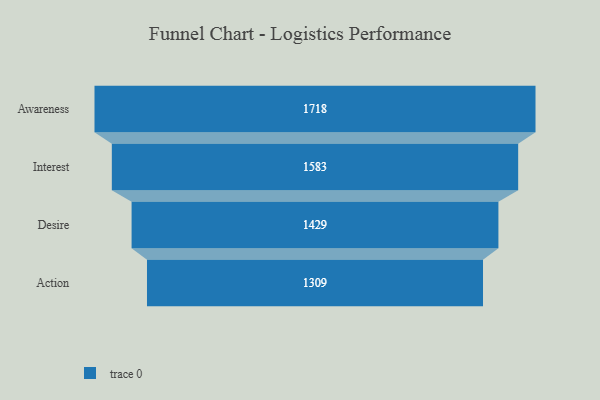
{"axis": {"x": "Stage", "y": "Value"}, "legend": [""], "data": [{"x": "Awareness", "y": 1718.0, "type": ""}, {"x": "Interest", "y": 1583.0, "type": ""}, {"x": "Desire", "y": 1429.0, "type": ""}, {"x": "Action", "y": 1309.0, "type": ""}]}